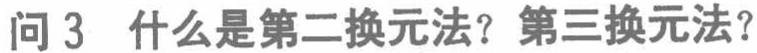
问3 什么是第二换元法？第三换元法？